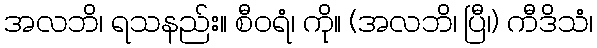
အလဘိ၊ ရသနည်း။ စီဝရံ၊ ကို။ (အလဘိ၊ ပြီ၊) ကီဒိသံ၊